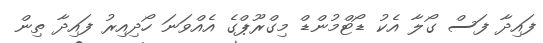
ފައިދާ ފަސް ގޯލާ އެކު ޑޯޓްމުންޑް މިގްރޫޕްގެ އެއްވަނަ ހޯދިއިރު ފައިދާ ތިން